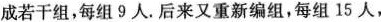
成若干组，每组9人。后来又重新编组，每组15人，